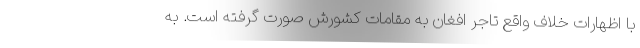
با اظهارات خلاف واقع تاجر افغان به مقامات کشورش صورت گرفته است. به